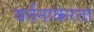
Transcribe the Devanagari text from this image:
वर्तनाकरता